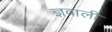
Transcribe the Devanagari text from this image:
ज्ञवाली